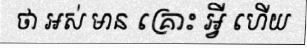
ថា អស់ មាន គ្រោះ អ្វី ហើយ